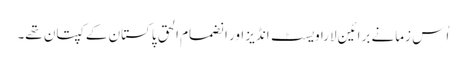
اُس زمانے برائین لارا ویسٹ انڈیز اور انضمام الحق پاکستان کے کپتان تھے۔